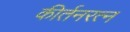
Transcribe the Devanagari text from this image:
कीर्तनरत्‍न